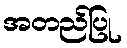
အတည်ပြု